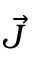
\vec { J }